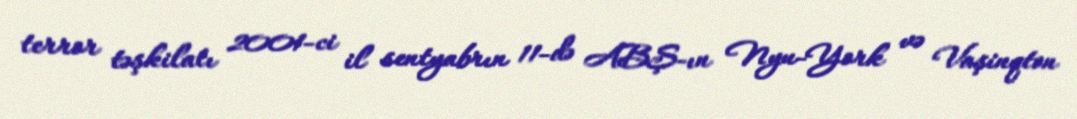
terror təşkilatı 2001-ci il sentyabrın 11-də ABŞ-ın Nyu-York və Vaşinqton